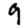
Digit: 9